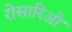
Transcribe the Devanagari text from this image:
रोसारिओ